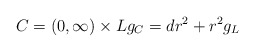
\begin{align*}C = (0, \infty) \times L g_C = dr^2 + r^2 g_L\end{align*}